Punjab Mental Hospital Lahore 1932-46 - 1932-1946
Year: 1932
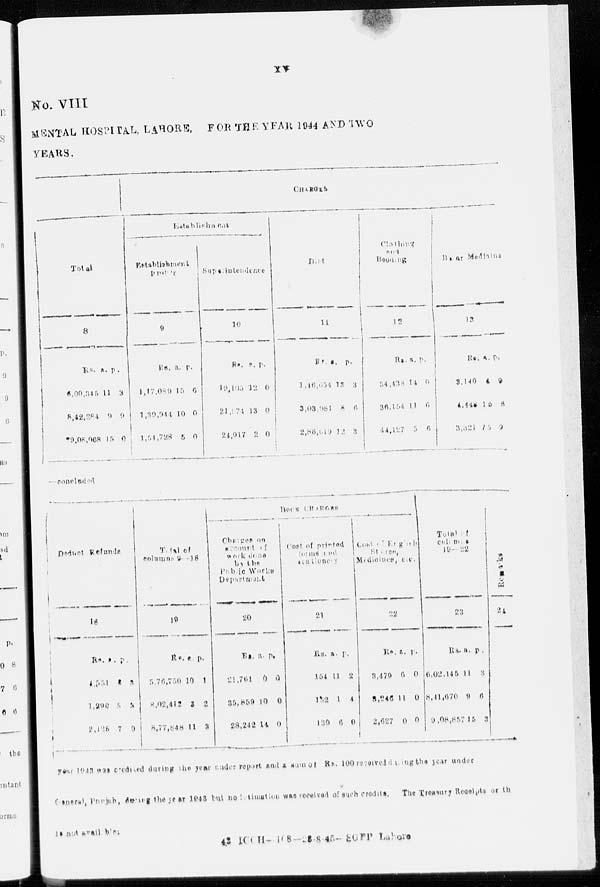
xv
No. VIII
MENTAL HOSPITAL, LAHORE,
FOR THE YEAR 1944 AND TWO
YEARS.
Tota1
8
Rs.
6,00,345
8,42,284
*9,08,068
a.
11
9
15
p.
3
9
0
CHARGES
Establishment
Establishment
proper
9
Rs.
1,17,089
1,39,944
1,54,728
a.
15
10
5
p.
6
0
0
Superintendence
10
Rs.
19,105
21,874
24,917
a.
12
13
2
p.
0
0
0
Diet
11
Rs.
1,46,654
3,03,981
2,86,819
a .
13
8
12
p.
3
6
3
Clothing
and
Bedding
12
Rs.
34,438
36,154
44,127
a.
14
11
5
p.
0
6
6
Bazar Medicine
13
Rs.
3,140
4,448
3,321
a.
4
15
45
p.
9
6
2
—concluded
Deduct
Refunds
18
Rs.
4,531
1,290
2,125
a.
8
5
7
p.
3
3
9
Total of
columns 9—18
19
Rs.
5,76,750
8,02,412
8,77,848
a.
10
3
11
p.
1
2
3
BOOK
CHARGES
Charges on
account of
work done
by the
Public Works
Department
20
Rs.
21,761
35,859
28,242
a.
0
10
14
p.
0
0
0
Cost of printed
forms and
stationery
21
Rs.
154
152
139
a.
11
1
6
p.
2
4
0
Cost of English
Stores,
Medicines, etc.
22
Rs.
3,479
3,246
2,627
a.
0
11
0
p.
0
0
0
Total of
columns
19—22
23
Rs.
6,02,145
8,41,670
9,08,857
a.
11
9
15
p.
3
6
3
Remarks
24
year 1943 was credited during the year under report and a sum of Rs. 100 received during the year under
General, Punjub, during the year 1943 but no intimation was received of such credits. The Treasury Receipts or the
is not available.
42 ICCH-168-28-45-SGPP Lahore